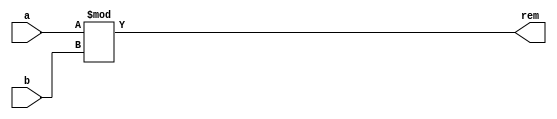
`timescale 1ns / 1ps
//////////////////////////////////////////////////////////////////////////////////
// Name: Andrew Camps, Jason Tran, Steve Miller
// Project: Project 1
// Description: returns remainder of a / b
//////////////////////////////////////////////////////////////////////////////////


module MOD(a, b, rem);

    parameter DATAWIDTH = 64;

    input [DATAWIDTH - 1:0] a, b;
    output reg [DATAWIDTH - 1:0] rem;
    
    always @(*) begin
    
        rem <= a % b;
    
    end

endmodule